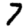
Digit: 7